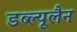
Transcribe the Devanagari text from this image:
डब्ल्यूलैन